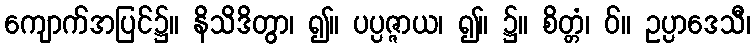
ကျောက်အပြင်၌။ နိသိဒိတွာ၊ ၍။ ပပ္ပဇ္ဇာယ၊ ၍။ ၌။ စိတ္တံ၊ ဝ်။ ဥပ္ပာဒေသီ၊